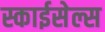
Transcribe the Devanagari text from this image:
स्काईसेल्स